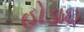
હોડાઇ